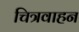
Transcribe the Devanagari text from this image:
चित्रवाहन